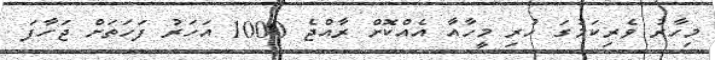
މިހާރު ވެރިކަމުގަ ހުރި މީހާއާ އެއްކޮށް ރާއްޖެ 1000 އަހަރު ފަހަތަށް ޖަހާފަ